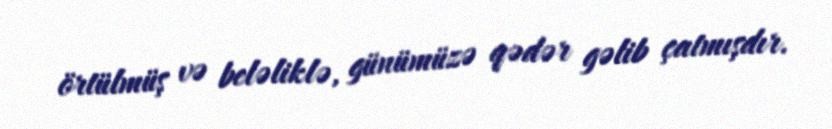
örtülmüş və beləliklə, günümüzə qədər gəlib çatmışdır.